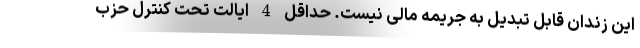
این زندان قابل تبدیل به جریمه مالی نیست. حداقل 4 ایالت تحت کنترل حزب